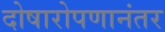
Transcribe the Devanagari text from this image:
दोषारोपणानंतर